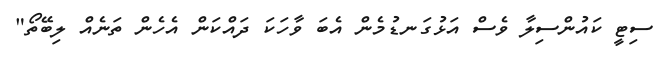
ސިޓީ ކައުންސިލާ ވެސް އަޅުގަނޑުމެން އެބަ ވާހަކަ ދައްކަން އެހެން ތަނެއް ލިބޭތޯ"